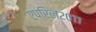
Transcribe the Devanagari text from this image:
एप्रिल२०११